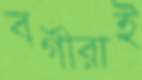
বর্গীরাই